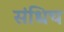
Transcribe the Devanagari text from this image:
संधिच